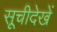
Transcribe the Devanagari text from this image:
सूचीदेखें